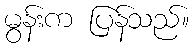
မွန်းက ပြန်သည်။